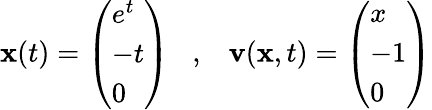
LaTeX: {\mathbf x}(t)=\left(\begin{array}{l}{e^{t}}\\ {-t}\\ {0}\end{array}\right)\; \; \; ,\; \; \; {\mathbf v}({\mathbf x},t)=\left(\begin{array}{l}{x}\\ {-1}\\ {0}\end{array}\right)